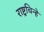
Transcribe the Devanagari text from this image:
राष्ट्रचिन्हे